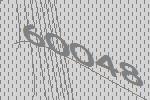
60048